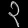
Digit: ၃